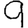
Digit: 9